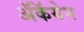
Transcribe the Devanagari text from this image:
अॅकॅयेन